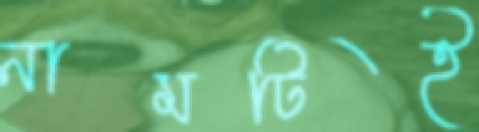
নামটিই